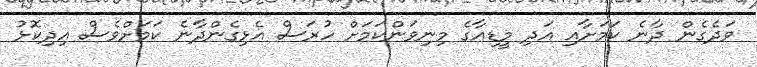
ވަދެގެން ދާނެ ކަމަށާއި އަދި މީޑިއާގެ މިނިވަންކަމަށް ހުރަސް އެޅިގެންދާނެ ކަމަށްވެސް އިދިކޮޅު